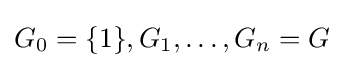
G_{0}=\{1\},G_{1},\dots ,G_{n}=G